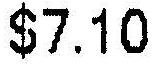
$7.10